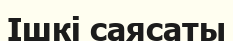
Ішкі саясаты